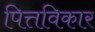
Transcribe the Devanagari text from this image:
पित्तविकार